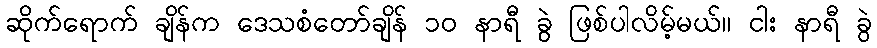
ဆိုက်ရောက် ချိန်က ဒေသစံတော်ချိန် ၁၀ နာရီ ခွဲ ဖြစ်ပါလိမ့်မယ်။ ငါး နာရီ ခွဲ